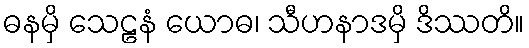
ဓနမှိ သေဠနံ ယောဓ၊ သီဟနာဒမှိ ဒိဿတိ။